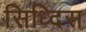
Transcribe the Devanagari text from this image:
सिध्दिस